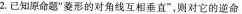
2.已知原命题”菱形的对角线互相垂直”，则对它的逆命